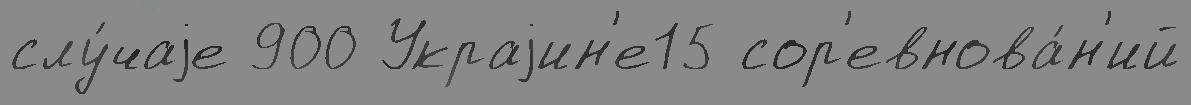
слу́чаjе 900 Украjин'е15 сор'евнова́н'ий